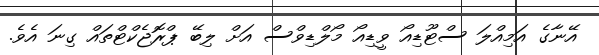
އޭނާގެ އަމިއްލަ ސްޓޫޑިއޯ ވީޑިއޯ މޯލްޑިވްސް އަށް ލިބޭ ޕްރޮޖެކްޓްތައް ގިނަ އެވެ.